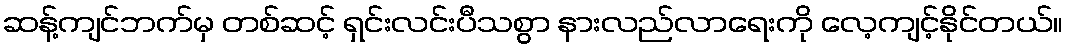
ဆန့်ကျင်ဘက်မှ တစ်ဆင့် ရှင်းလင်းပီသစွာ နားလည်လာရေးကို လေ့ကျင့်နိုင်တယ်။